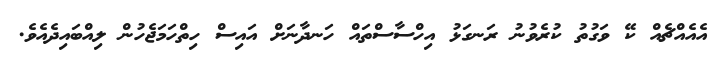
އެއެއްޗެއް ކޭ ވަގުތު ކުރެވުނު ރަނގަޅު އިހްސާސްތައް ހަނދާނަށް އައިސް ހިތްހަމަޖެހުން ލިއްބައިދެއެވެ.